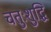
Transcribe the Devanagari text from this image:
चतुःशुद्धि